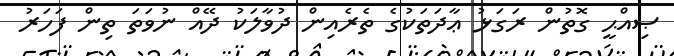
ޞިއްޙީ ގޮތުން ރަގަޅު ޢާދަތަކުގެ ތެރެއިން ދުވާލަކު ދޭއް ނުވަތަ ތިން ފަހަރު